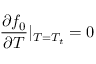
\frac { \partial f _ { 0 } } { \partial T } | _ { T = T _ { t } } = 0